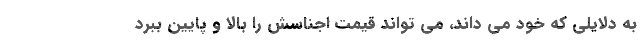
به دلایلی که خود می داند، می تواند قیمت اجناسش را بالا و پایین ببرد